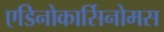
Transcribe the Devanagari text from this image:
एडिनोकार्सिनोमस